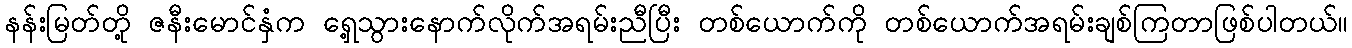
နန်းမြတ်တို့ ဇနီးမောင်နှံက ရှေ့သွားနောက်လိုက်အရမ်းညီပြီး တစ်ယောက်ကို တစ်ယောက်အရမ်းချစ်ကြတာဖြစ်ပါတယ်။